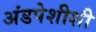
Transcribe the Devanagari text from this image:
अंडपेशीशी